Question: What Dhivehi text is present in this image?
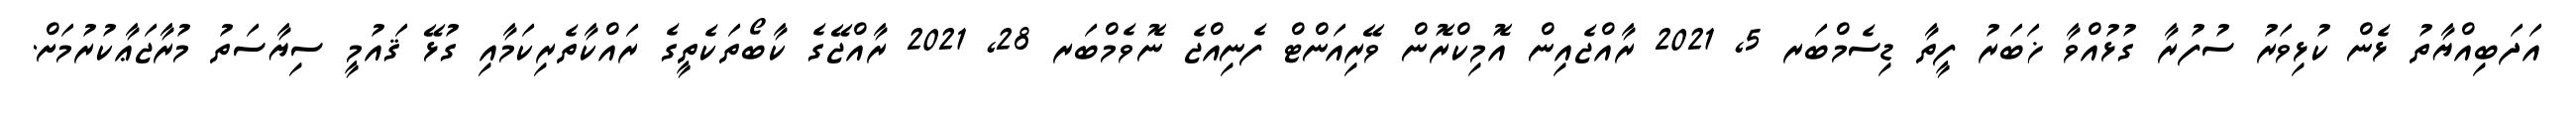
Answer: އަދަބިއްޔާތު ޅެން ކުޅިވަރު ސުފުރާ ގުޅުއްވާ ޚަބަރު ފީތާ ޑިސެމްބަރ 5, 2021 ރާއްޖެއިން އޮމިކްރޮން ވޭރިއަންޓް ފެނިއްޖެ ނޮވެމްބަރ 28, 2021 ރާއްޖޭގެ ކާބޯތަކެތީގެ ރައްކާތެރިކަމާއި ގުޅޭ ޤައުމީ ސިޔާސަތު މުރާޖަޢާކުރުމަށް.